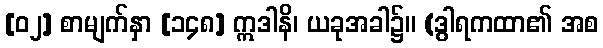
[၀၂] စာမျက်နှာ [၁၄၈] ဣဒါနိ၊ ယခုအခါ၌။ (ဒွါရကထာ၏ အစ